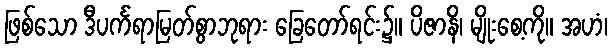
ဖြစ်သော ဒီပင်္ကရာမြတ်စွာဘုရား ခြေတော်ရင်း၌။ ပိဇာနိ၊ မျိုးစေ့ကို။ အဟံ၊